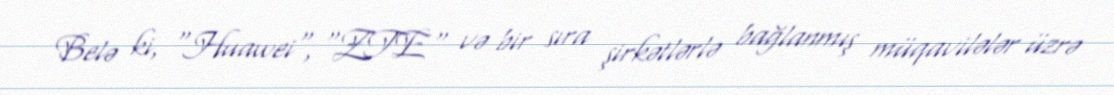
Belə ki, "Huawei", "ZTE" və bir sıra şirkətlərlə bağlanmış müqavilələr üzrə